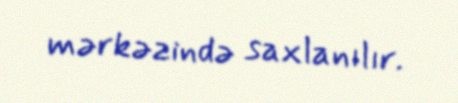
mərkəzində saxlanılır.